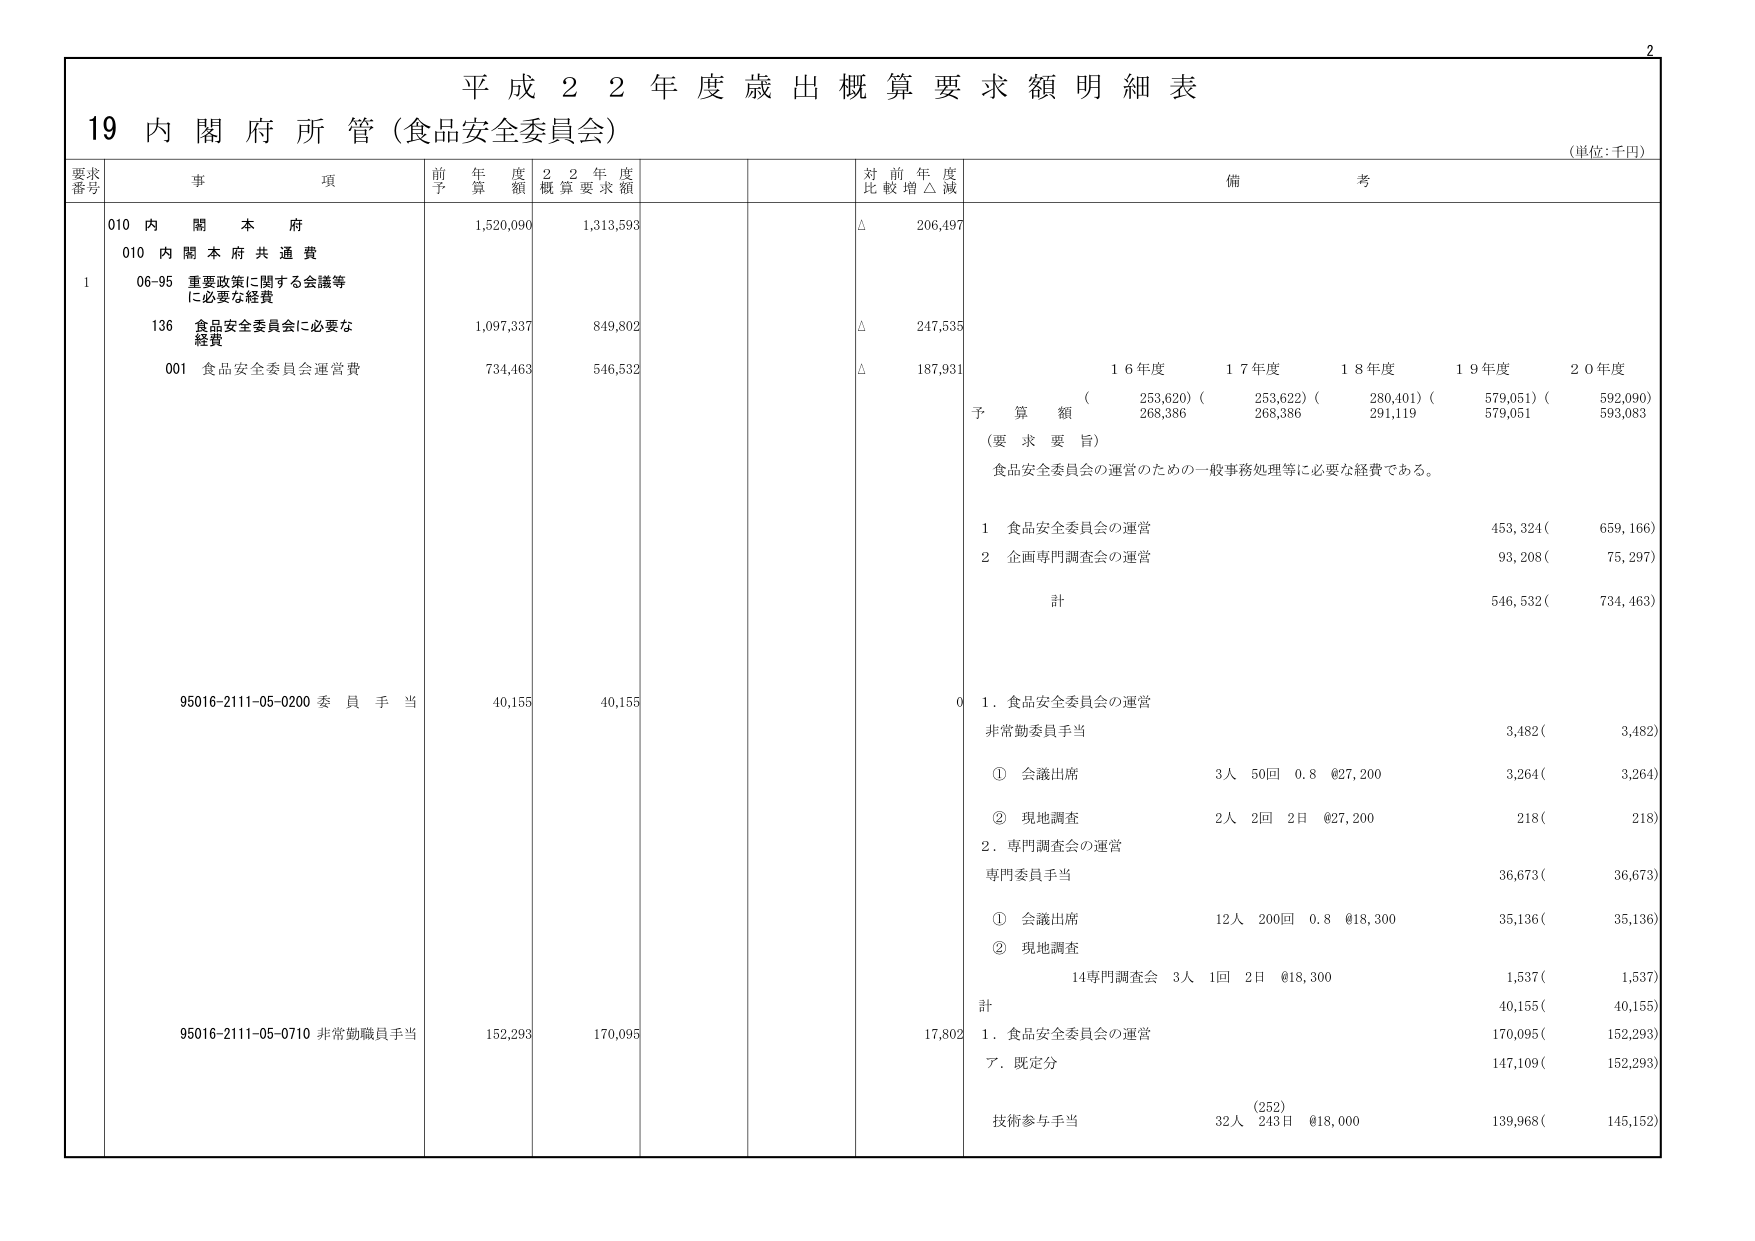
平成２２年度歳出概算要求額明細表
19 内閣府所管（食品安全委員会）
（単位：千円）

要求番号 事項 前年度予算額 ２２年度概算要求額 対前年度比較増△減 備考

010 内閣本府 1,520,090 1,313,593 △ 206,497
010 内閣本府共通費
1 06-95 重要政策に関する会議等に必要な経費
136 食品安全委員会に必要な経費 1,097,337 849,802 △ 247,535
001 食品安全委員会運営費 734,463 546,532 △ 187,931

16年度 17年度 18年度 19年度 20年度
予算額 （253,620）（253,622）（280,401）（579,051）（592,090）
（要 求 要 旨）
食品安全委員会の運営のための一般事務処理等に必要な経費である。

1 食品安全委員会の運営 453,324（ 659,166）
2 企画専門調査会の運営 93,208（ 75,297）
計 546,532（ 734,463）

95016-2111-05-0200 委員手当 40,155 40,155
0 1．食品安全委員会の運営
非常勤委員手当 3,482（ 3,482）
① 会議出席 3人 50回 0.8 @27,200 3,264（ 3,264）
② 現地調査 2人 2回 2日 @27,200 218（ 218）
2．専門調査会の運営
専門委員手当 36,673（ 36,673）
① 会議出席 12人 200回 0.8 @18,300 35,136（ 35,136）
② 現地調査
14専門調査会 3人 1回 2日 @18,300 1,537（ 1,537）
計 40,155（ 40,155）

95016-2111-05-0710 非常勤職員手当 152,293 170,095 17,802
1．食品安全委員会の運営 170,095（ 152,293）
ア．既定分 147,109（ 152,293）
技術参与手当 （252）
32人 243日 @18,000 139,968（ 145,152）